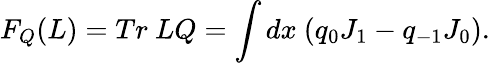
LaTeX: F_{Q}(L)=Tr{~}LQ=\int dx{~}(q_{0}J_{1}-q_{-1}J_{0}).